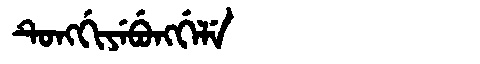
Manchu: ᡨᡠᠩᡤᡳᠶᡝᠪᡠᠩᡤᡝᠯᡝ
Romanization: TUNGGIYEBUNGGELE